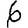
Digit: 6